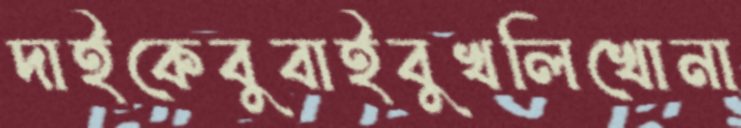
দাইকেবুবাইবুখলিখোনা